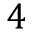
4